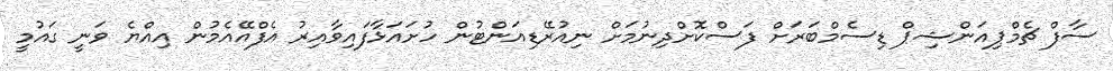
ސާފް ޗެމްޕިއަންޝިޕް ޑިސެމްބަރަށް ފަސްކޮށްދިނުމަށް ނިއުރޭޑިއަންޓުން ހުށައަޅާފައިވާއިރު އެފްއޭއެމުން އިއްޔެ ވަނީ ގައުމީ